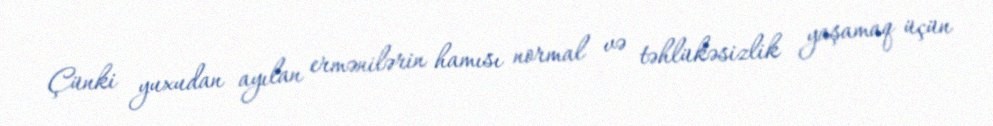
Çünki yuxudan ayılan ermənilərin hamısı normal və təhlükəsizlik yaşamaq üçün